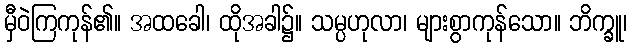
မှီဝဲကြကုန်၏။ အထခေါ၊ ထိုအခါ၌။ သမ္ပဟုလာ၊ များစွာကုန်သော။ ဘိက္ခူ၊